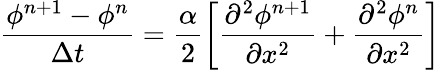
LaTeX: \frac{\phi^{n+1}-\phi^{n}}{\Delta t}=\frac{\alpha}{2}\left[\frac{\partial^{2}\phi^{n+1}}{\partial x^{2}}+\frac{\partial^{2}\phi^{n}}{\partial x^{2}}\right]